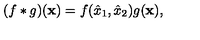
( f * g ) ( \mathbf { x } ) = f ( \hat { x } _ { 1 } , \hat { x } _ { 2 } ) g ( \mathbf { x } ) ,